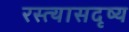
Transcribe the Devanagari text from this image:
रस्त्यासदृष्य